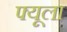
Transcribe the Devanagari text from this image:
फ्यूला